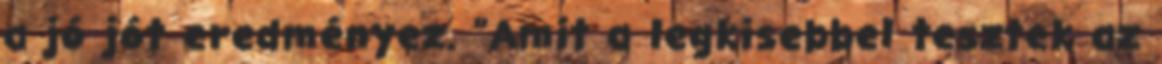
a jó jót eredményez. "Amit a legkisebbel tesztek az